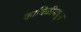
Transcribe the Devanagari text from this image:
काविळीमधून